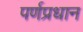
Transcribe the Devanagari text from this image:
पर्णप्रधान